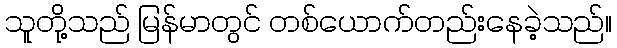
သူတို့သည် မြန်မာတွင် တစ်ယောက်တည်းနေခဲ့သည်။